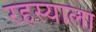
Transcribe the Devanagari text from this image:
रहस्याला